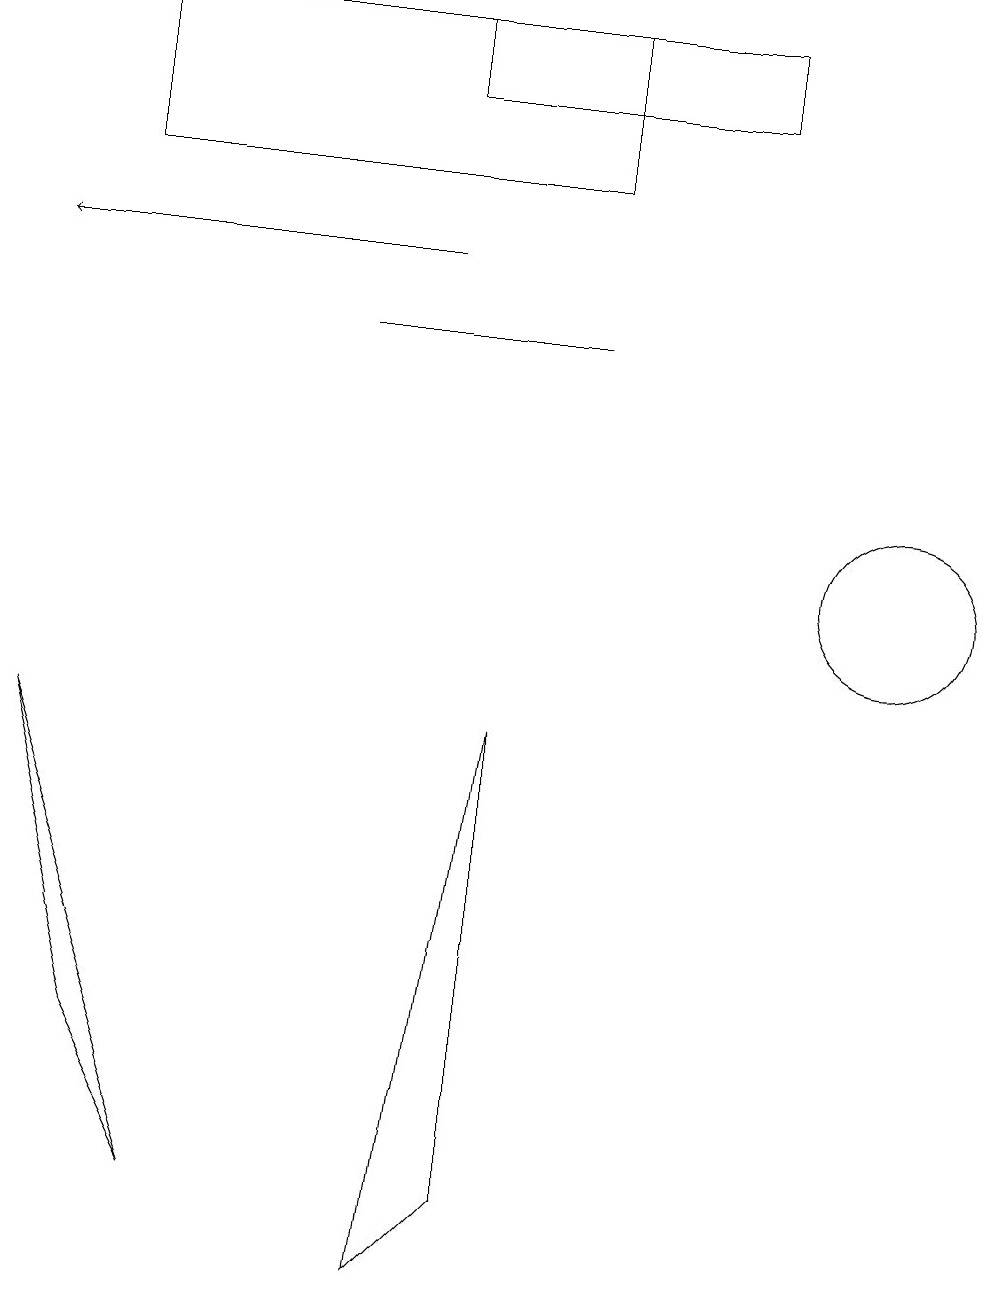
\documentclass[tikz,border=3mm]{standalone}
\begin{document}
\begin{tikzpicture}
\draw (11,10) circle (1);
\draw (0,8) -- (2,2) -- (1,4) -- cycle;
\draw (7,13) rectangle (4,13);
\draw[->] (5,14) -- (0,14);
\draw (5,1) -- (6,2) -- (6,8) -- cycle;
\draw (7,15) rectangle (1,17);
\draw (9,17) rectangle (5,16);
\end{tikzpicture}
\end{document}